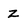
Character: Z